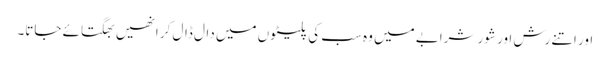
اور اتنے رش اور شور شرابے میں وہ سب کی پلیٹوں میں دال ڈال کر انھیں بھگتائے جاتا۔